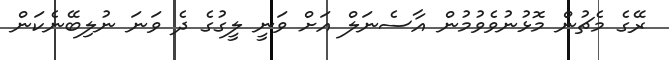
ރޭގެ މެޗުން މޮޅުނުވެވުމުން އާސެނަލް އަށް ވަނީ ލީގުގެ ދެ ވަނަ ނުލިބޭނެކަން